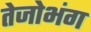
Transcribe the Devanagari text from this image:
तेजोभंग